Medical and sanitary report of the native army of Bengal for the year
Year: 1874
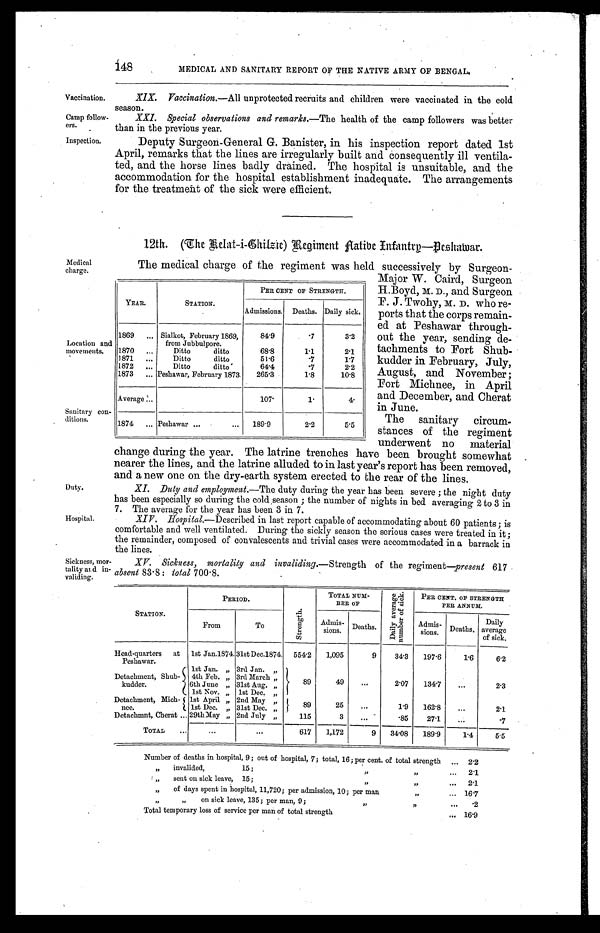
Vaccination.
Camp follow
-ers.
Inspection.
Medical
charge.
Location and
movements.
Sanitary con.
ditions.
Duty.
Hospital.
Sickness, mo
r-tality and in
- v a l i d i n g .
MEDICAL AND SANITARY REPORT OF THE NATIVE ARMY OF BENGAL.
XIX. Vaccination.—All unprotected recruits and children were vaccinated in the cold
season.
XXI. Special observations and remarks.—The health of the camp followers was better
than in the previous year.
Deputy Surgeon-General G. Banister, in his inspection report dated 1st
April, remarks that the lines are irregularly built and consequently ill ventila
- t e d , a n d t h e h o r s e l i n e s b a d l y d r a i n e d . T h e h o s p i t a l i s u n s u i t a b l e , a n d t h e
accommodation for the hospital establishment inadequate. The arrangements
for the treatment of the sick were efficient.
12th. (The Belat-i-Chilzie) Regiment Native Infantry—Deshawar.
The medical charge of the regiment was held successively by Surgeon-
Major W. Caird, Surgeon
H. Boyd, D., and Surgeon
F. J. Twohy, D. who re
-ports that the corps remain
-ed at Peshawar through
-out the year, sending de
-tachments to Fort Shub
-kudder in February, July,
August, and November;
Fort Michnee, in April
and December, and Cherat
in June.
The sanitary circum-
stances of the regiment
underwent no material
change during the year. The latrine trenches have been brought somewhat
nearer the lines, and the latrine alluded to in last year's report has been removed,
and a new one on the dry-earth system erected to the rear of the lines.
XI. Duty and employment. —The duty during the year has been severe; the night duty
has been especially so during the cold , season; the number of nights in bed averaging 2 to 3 in
7. The average for the year has been 3 in 7.
XIV. Hospital.—Described in last report capable of accommodating about 60 patients; is
comfortable and well ventilated. During the sickly season the serious cases were treated in it;
the remainder, composed of convalescents and trivial cases were accommodated in a barrack in
the lines.
XV. Sickness, mortality and invaliding. —Strength of the regiment—present 617
absent 83.8: total 700.8.
STATION.
PERIOD.
S t r e n g t h .
TOTAL NUM-
BER OF
Da i l y a v e r a g e
Nu mb e r o f S i c k .
PER CENT. OF STRENGTH
PER ANNUM.
From
To
Admis-
sions. Deaths
Admis- sions. Deaths Daily
average
of sick.
Head-quarters at
Peshawar.
1st Jan.1874. 31st Dec.1874. 554.2 1,095
9 34.3 197.6 1.6
6.2
Detachment, Shub-
kudder.
1st Jan. " 3rd Jan. "
89
49
2.07 134.7
2.3
4th Feb. " 3rd March "
6th June " 31st Aug. "
1st Nov. " 1st Dec. "
Detachment, Mich-n e . 1st April " 2nd May "
89
25
1.9 162.8
2.1
1st Dec. " 31st Dec. "
Detachmnt, Cherat 29th May " 2nd July "
115
3
.85 27.1
.7
TOTAL
617 1,172
9 34.08 189.9 1.4 5.5
Number of deaths in hospital, 9; out of hospital, 7; total, 16; per cent. of total strength
2. 2
" invalided, 15; " "
2. 1
" sent on sick leave, 15; " "
2.1
" of days spent in hospital, 11,720; per admission, 10; per man 16. 7
" "on sick leave, 135; per man, 9; " "
Total temporary loss of service per man of total strength
16.9
YEAR.
STATION.
PER CENT OF STRENGTH. _
Admissions. Deaths. Daily sick.
1869
Sialkot, February 1869,
from Jubbulpore.
84. 9
.7
3.2
1870
Ditto ditto
68.8
1.1
2.1
1871
Ditto ditto
51. 6
. 71.7
1872
Ditto ditto
64. 4
. 7
2.2
1873
Peshawar, February 1873 265.3
1.8
10.8
Average
107. 4
1.
4.
1874
Peshawar
189.9
2.2
5.5